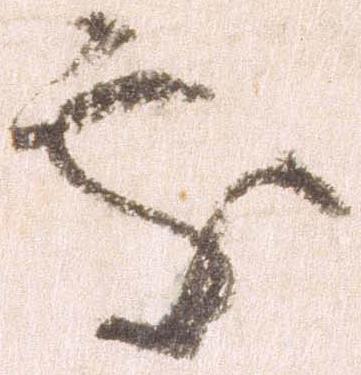
処